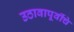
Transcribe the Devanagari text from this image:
उठावापूर्वीचे